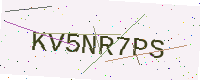
Text: KV5NR7PS